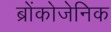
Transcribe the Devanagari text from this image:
ब्रोंकोजेनिक